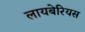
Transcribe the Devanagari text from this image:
लायबेरियस